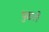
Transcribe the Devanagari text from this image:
पुढले